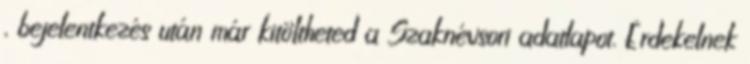
, bejelentkezés után már kitöltheted a Szaknévsori adatlapot. Érdekelnek